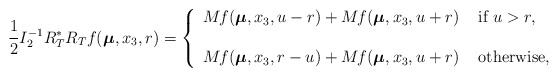
\begin{align*}\displaystyle \frac{1}{2} I^{-1}_2R^*_TR_Tf(\boldsymbol\mu,x_3, r)=\left\{\begin{array}{ll}M_{}f(\boldsymbol\mu,x_3,u-r)+M_{}f(\boldsymbol\mu,x_3,u+r)&\mbox{ if } u>r,\\\\ M_{}f(\boldsymbol\mu,x_3,r-u)+M_{}f(\boldsymbol\mu,x_3,u+r)&\mbox{ otherwise, }\end{array}\right.\end{align*}